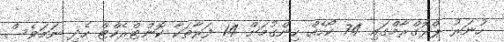
ހުނަރު ޕްރޮގްރާމްގައި 74 ކޯހެއް ހިންގުމަށް 14 ފަރާތަކާ ކޮންޓްރެކްޓް ހެދި ނަމަވެސް